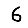
Digit: 6